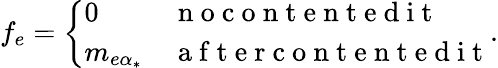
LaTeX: f_{e}=\left\{ \begin{array}{ll}{0}&{\mathrm{~n~o~c~o~n~t~e~n~t~e~d~i~t~}}\\ {m_{e\alpha_{*}}}&{\mathrm{~a~f~t~e~r~c~o~n~t~e~n~t~e~d~i~t~}}\end{array}\right..